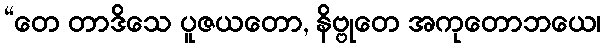
“တေ တာဒိသေ ပူဇယတော, နိဗ္ဗုတေ အကုတောဘယေ၊